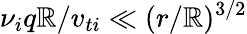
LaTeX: \nu_{i}q\mathbb{R}/v_{ti}\ll(r/\mathbb{R})^{3/2}